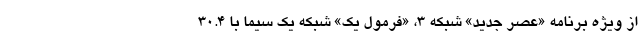
از ویژه برنامه «عصر جدید» شبکه 3، «فرمول یک» شبکه یک سیما با 30.4